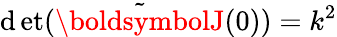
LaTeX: \operatorname*{\mathrm{d}et}(\tilde{{\boldsymbolJ}}(0))=k^{2}